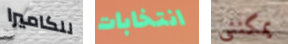
للكاميرا انتخابات يمكنني